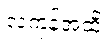
လကုန်အထိ